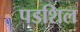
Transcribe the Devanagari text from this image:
पडशिल